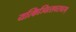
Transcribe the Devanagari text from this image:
यत्किञ्चित्सचराचरम्